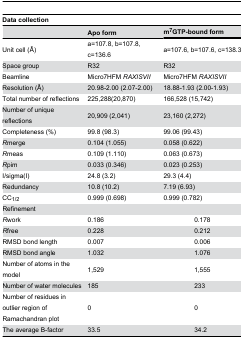
<table><thead><tr><td colspan="4"><b>Data collection</b></td></tr><tr><td></td><td><b>Apo form</b></td><td colspan="2"><b>m<sup>7</sup>GTP-bound form</b></td></tr></thead><tbody><tr><td>Unit cell (Å)</td><td>a=107.8, b=107.8, c=136.6</td><td colspan="2">a=107.6, b=107.6, c=138.3</td></tr><tr><td>Space group</td><td>R32</td><td colspan="2">R32</td></tr><tr><td>Beamline</td><td>Micro7HFM <i>RAXISVII</i></td><td colspan="2">Micro7HFM <i>RAXISVII</i></td></tr><tr><td>Resolution (Å)</td><td>20.98-2.00 (2.07-2.00)</td><td colspan="2">18.88-1.93 (2.00-1.93)</td></tr><tr><td>Total number of reflections</td><td>225,288(20,870)</td><td colspan="2">166,528 (15,742)</td></tr><tr><td>Number of unique reflections</td><td>20,909 (2,041)</td><td colspan="2">23,160 (2,272)</td></tr><tr><td>Completeness (%)</td><td>99.8 (98.3)</td><td colspan="2">99.06 (99.43)</td></tr><tr><td><i>R</i>merge</td><td>0.104 (1.055)</td><td colspan="2">0.058 (0.622)</td></tr><tr><td><i>R</i>meas</td><td>0.109 (1.110)</td><td colspan="2">0.063 (0.673)</td></tr><tr><td><i>R</i>pim</td><td>0.033 (0.346)</td><td colspan="2">0.023 (0.253)</td></tr><tr><td>I/sigma(I)</td><td>24.8 (3.2)</td><td colspan="2">29.3 (4.4)</td></tr><tr><td>Redundancy</td><td>10.8 (10.2)</td><td colspan="2">7.19 (6.93)</td></tr><tr><td>CC<sub>1/2</sub></td><td>0.999 (0.698)</td><td colspan="2">0.999 (0.782)</td></tr><tr><td colspan="4">Refinement</td></tr><tr><td><i>R</i>work</td><td colspan="2">0.186</td><td>0.178</td></tr><tr><td><i>R</i>free</td><td colspan="2">0.228</td><td>0.212</td></tr><tr><td>RMSD bond length</td><td colspan="2">0.007</td><td>0.006</td></tr><tr><td>RMSD bond angle</td><td colspan="2">1.032</td><td>1.076</td></tr><tr><td>Number of atoms in the model</td><td colspan="2">1,529</td><td>1,555</td></tr><tr><td>Number of water molecules</td><td colspan="2">185</td><td>233</td></tr><tr><td>Number of residues in outlier region of Ramachandran plot</td><td colspan="2">0</td><td>0</td></tr><tr><td>The average B-factor</td><td colspan="2">33.5</td><td>34.2</td></tr></tbody></table>